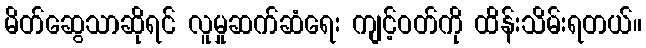
မိတ်ဆွေသာဆိုရင် လူမှုဆက်ဆံရေး ကျင့်ဝတ်ကို ထိန်းသိမ်းရတယ်။